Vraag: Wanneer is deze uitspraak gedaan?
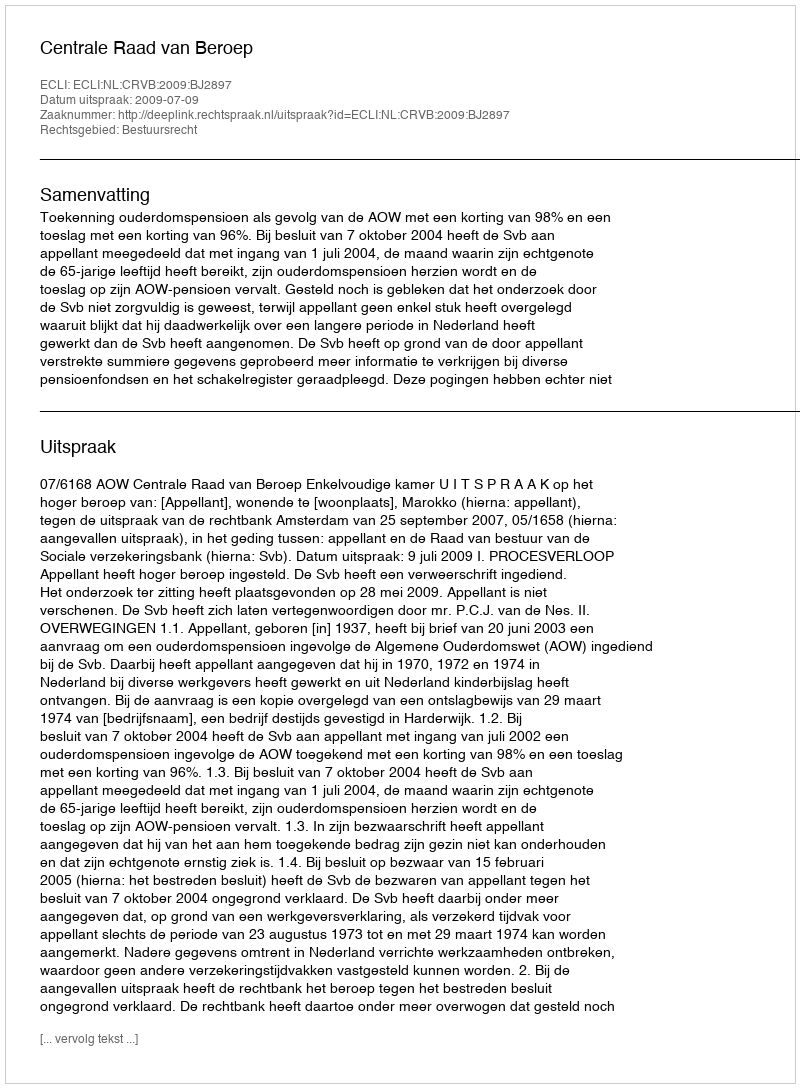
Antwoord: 2009-07-09